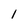
Character: l